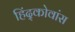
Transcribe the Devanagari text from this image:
हिंद्कोवांस